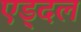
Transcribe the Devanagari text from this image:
एड्दल